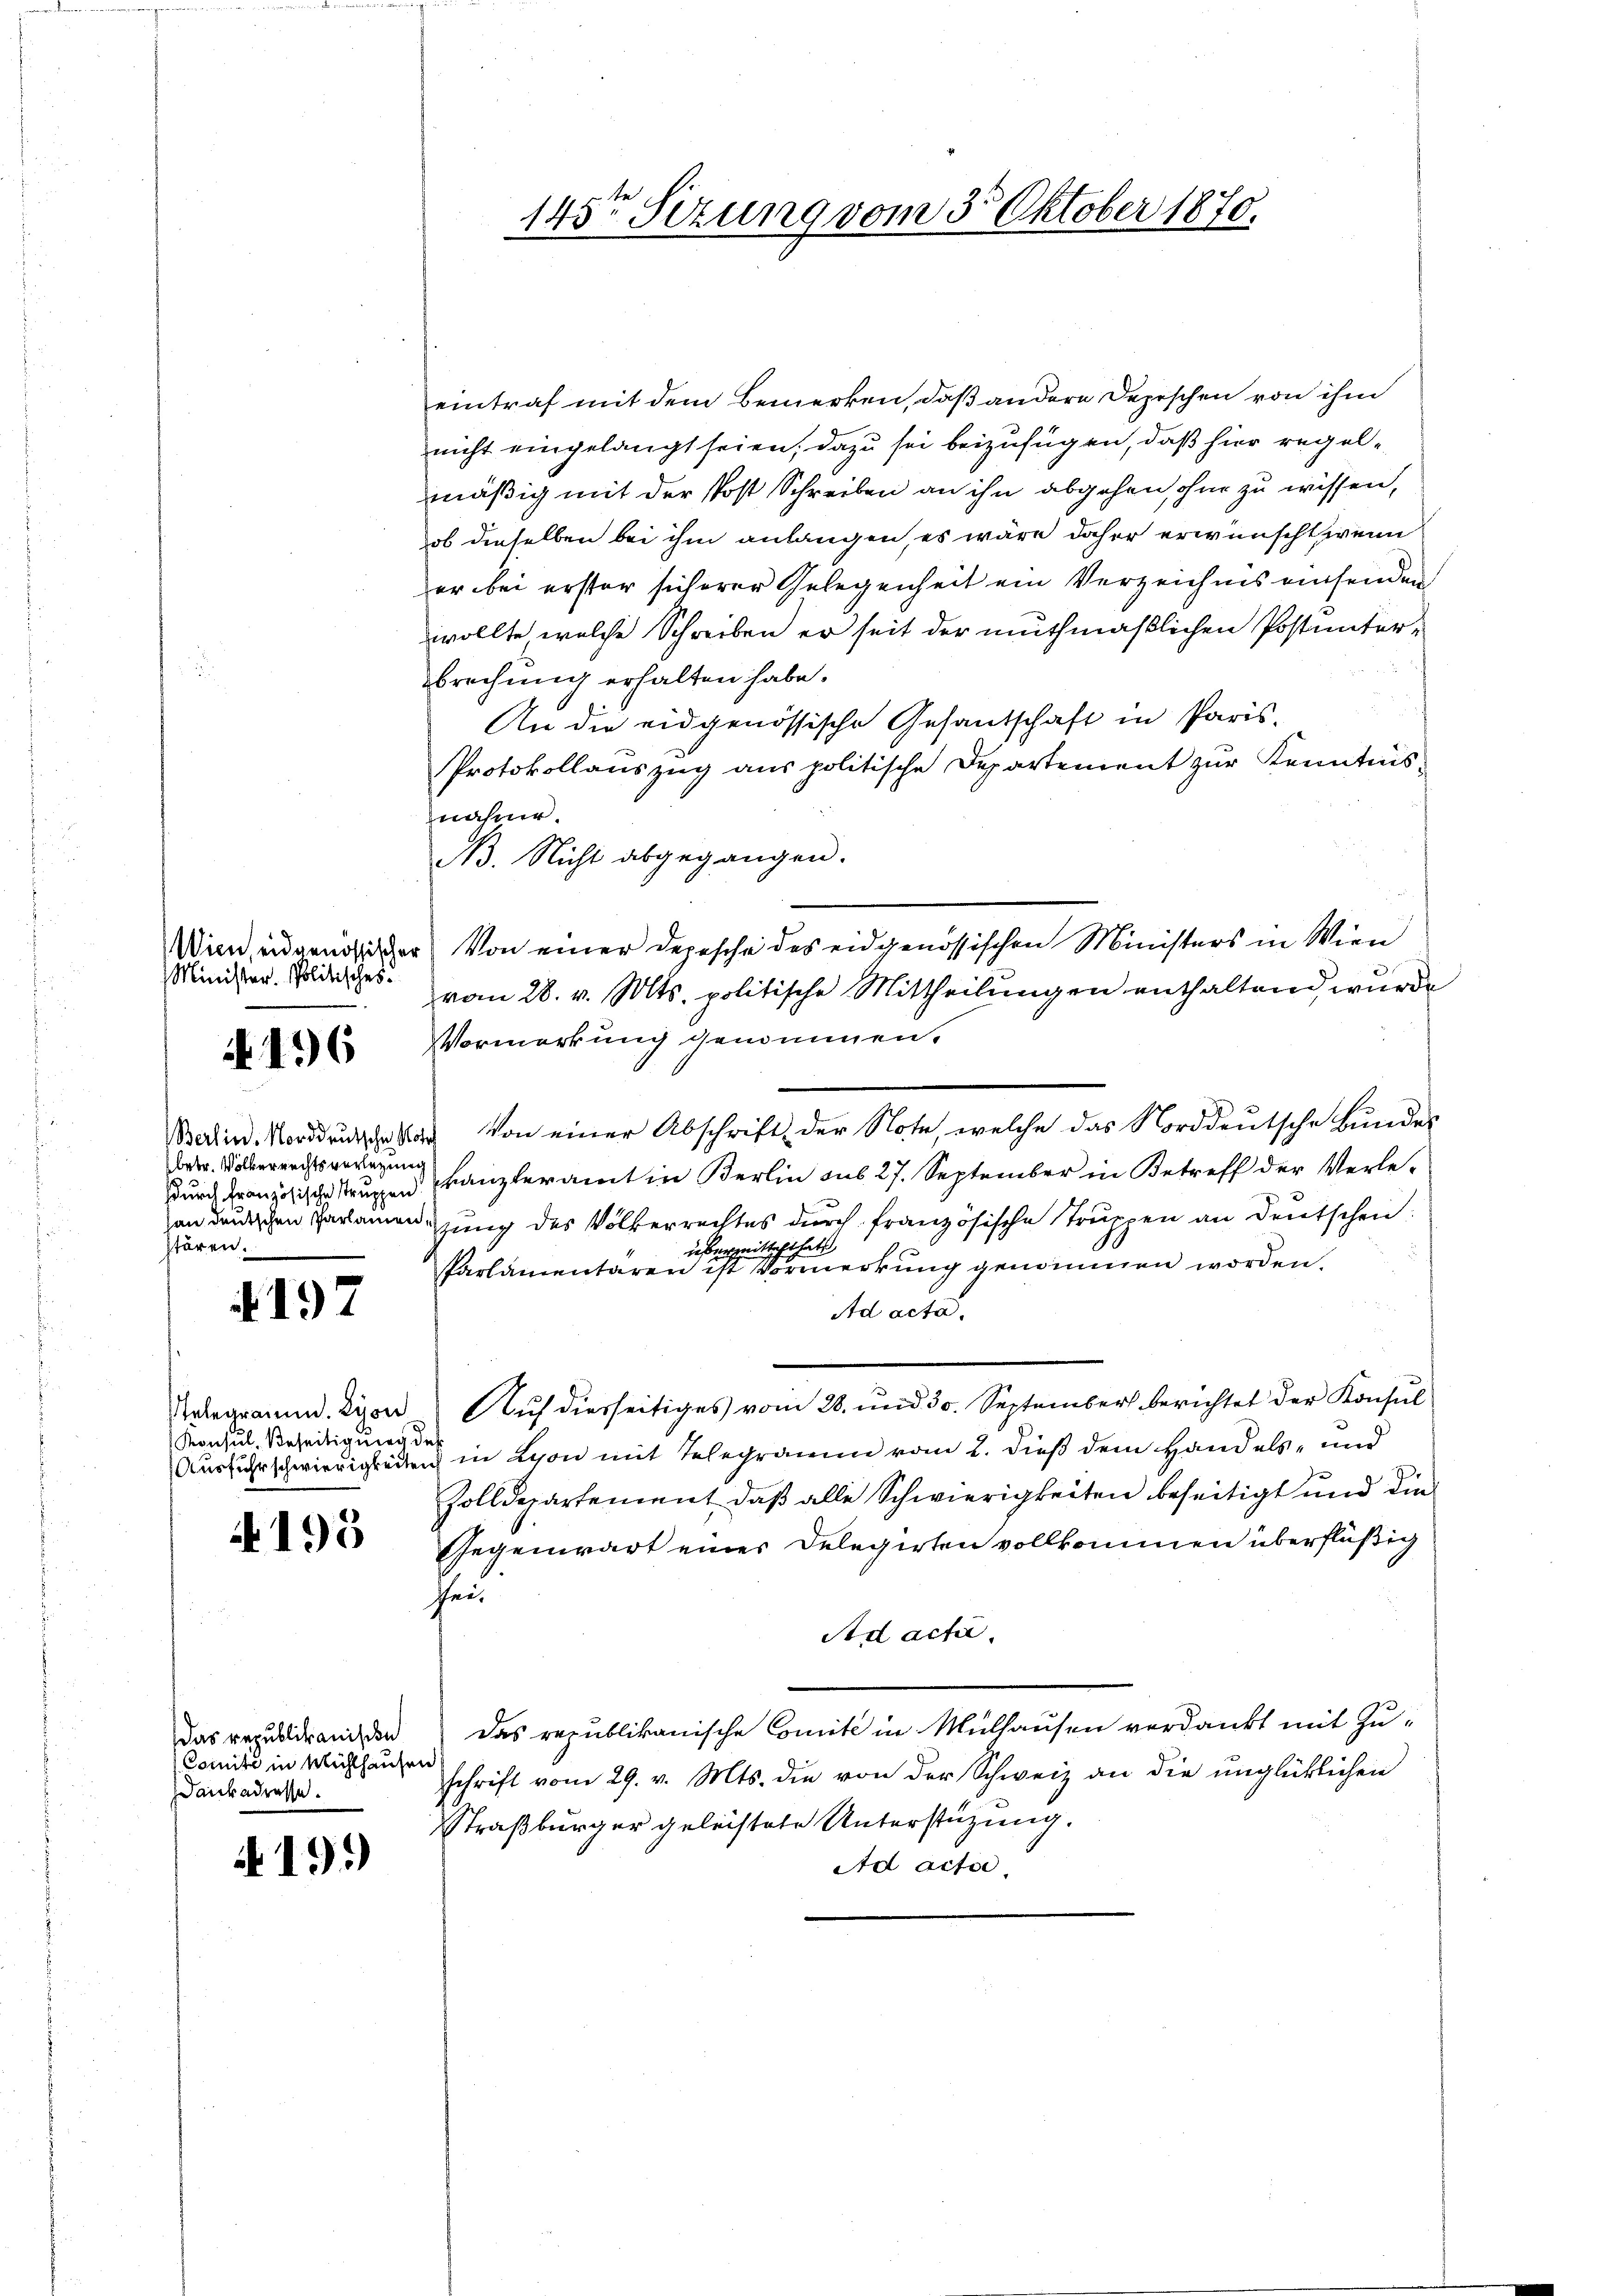
Minister. Politisches.

196

betr. Völkerrechtsverlegung
stören.

4197

Konsul Beseitigung des

4195

Comite in Mühlhausen,
ankadresse.

191)

eintraf mit dem Bemerken, daß andere Depeschen von ihm
nicht eingelangt seien, dazu sei beizufügen, daß hier regelmäßig mit der Post Schreiben an ihn abgehen ohne zu wissen,
ob dieselben bei ihm anlangen, es wäre daher erwünscht, wenn
er bei erster sicherer Gelegenheit ein Verzeichnis einsenden,
wollte welche Schreiben er seit der muthmaßlichen Postunterbrechung erhalten habe.
An die eidgenössische Gesantschaft in Paris-
Protokollauszug aus politische Departement zŭr Kenntnis-
nahme.
B. Nicht abgegangen.
Wien, eidgenößischer Von einer Depesche des eidgenössischen Ministers in Wien
vom 28. v. Mts. politische Mittheilungen enthaltend wurde
Vormerkung genommen.
Batin. Norddeutsches von einer Abschrift der Note, welche das Norddeutsche Bundes
durch Französische Strugen Kanzleramt in Berlin sub 27. September in Betreff der Verlean derischen Paramenzung des Völkerrechtes durch französische Truppen an Deutschein
übermitscht hatt
Parlamentaren ist Vormerkung genommen worden.
Ad acta.
Telegramm. Lyon, Auf diesseitiges vom 28. und 30. September berichtet der Konsul
Ausführschwierigkeiten in Lyon mit Telegramm vom 2. dieß dem Handels- und
Zolldepartement, daß alle Schwierigkeiten beseitigt und die
Gegenwart eines Delegirten vollkommen überflüßig
heu
Ad acti
Das republikanischen das republikanische Comité in Mülhausen verdankt mit Zu-
schrift vom 29. v. Mts. die von der Schweiz an die unglücklichen
Straßburger geleistete Unterstüzung.
Ad acte

145ten Sizung vom 30. Oktober 1870.